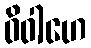
ဝိဝါဟေ